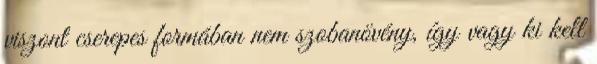
viszont cserepes formában nem szobanövény, így vagy ki kell